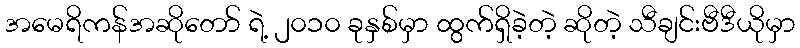
အမေရိကန်အဆိုတော် ရဲ့ ၂၀၁၀ ခုနှစ်မှာ ထွက်ရှိခဲ့တဲ့ ဆိုတဲ့ သီချင်းဗီဒီယိုမှာ